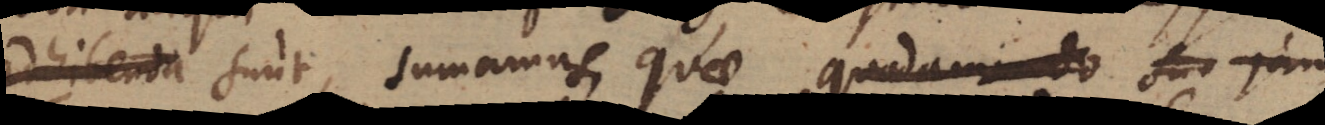
adhibenta sunt, sumamus quae quadam _ seu jam